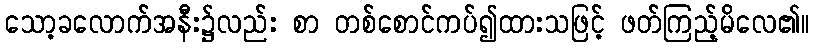
သော့ခလောက်အနီး၌လည်း စာ တစ်စောင်ကပ်၍ထားသဖြင့် ဖတ်ကြည့်မိလေ၏။